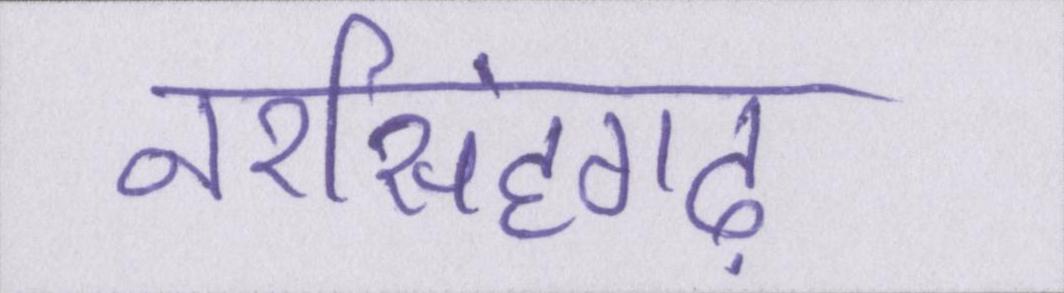
नरसिंहगढ़